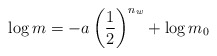
\begin{align*}\log m = -a\left(\frac{1}{2}\right)^{n_w} + \log m_0\end{align*}